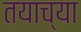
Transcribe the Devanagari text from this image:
तयाच्या